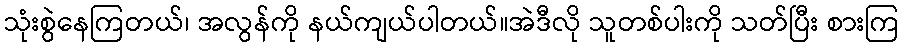
သုံးစွဲနေကြတယ်၊ အလွန်ကို နယ်ကျယ်ပါတယ်။အဲဒီလို သူတစ်ပါးကို သတ်ပြီး စားကြ